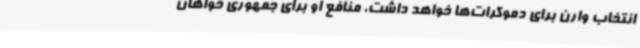
انتخاب وارن برای دموکرات‌ها خواهد داشت، منافع او برای جمهوری خواهان